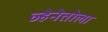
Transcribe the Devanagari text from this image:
व्हेनेतोला